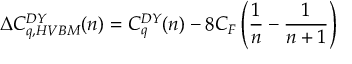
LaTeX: \Delta C _ { q , H V B M } ^ { D Y } ( n ) = C _ { q } ^ { D Y } ( n ) - 8 C _ { F } \left( \frac { 1 } { n } - \frac { 1 } { n + 1 } \right)